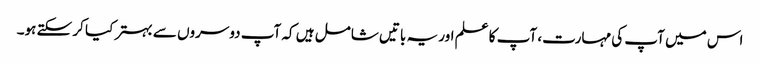
اس میں آپ کی مہارت، آپ کا علم اور یہ باتیں شامل ہیں کہ آپ دوسروں سے بہتر کیا کر سکتے ہو۔